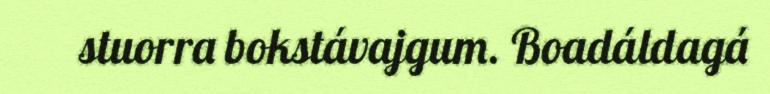
stuorra bokstávajgum. Boadáldagá